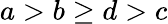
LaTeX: a>b\geq d>c